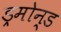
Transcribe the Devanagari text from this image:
ड्रमोन्ड